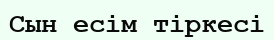
Сын есім тіркесі